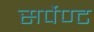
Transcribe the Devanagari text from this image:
सर्पेण्ट